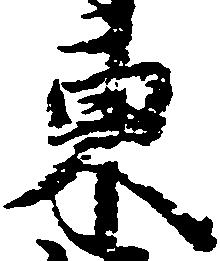
東